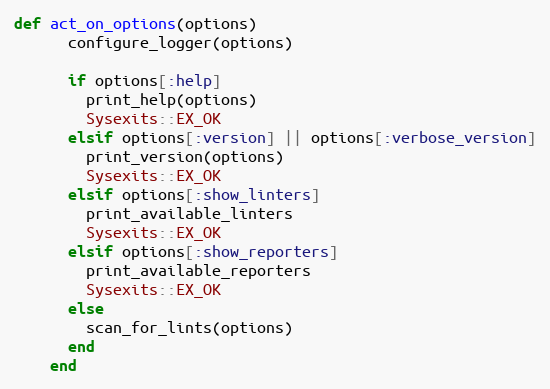
Language: Ruby
def act_on_options(options)
      configure_logger(options)

      if options[:help]
        print_help(options)
        Sysexits::EX_OK
      elsif options[:version] || options[:verbose_version]
        print_version(options)
        Sysexits::EX_OK
      elsif options[:show_linters]
        print_available_linters
        Sysexits::EX_OK
      elsif options[:show_reporters]
        print_available_reporters
        Sysexits::EX_OK
      else
        scan_for_lints(options)
      end
    end